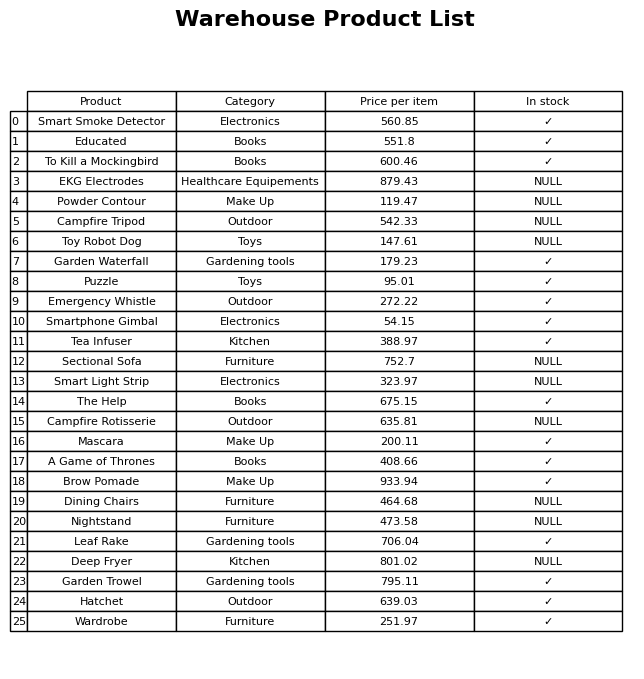
question: What is the price of the Campfire Rotisserie?
answer: The price of Campfire Rotisserie is 635.81.